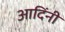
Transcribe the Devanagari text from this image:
आदिंनी